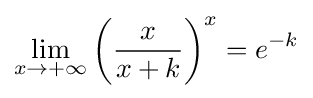
\lim _{x\to +\infty }\left({\frac {x}{x+k}}\right)^{x}=e^{-k}